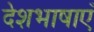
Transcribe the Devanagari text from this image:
देशभाषाएँ